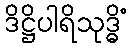
ဒိဋ္ဌိပါရိသုဒ္ဓိံ